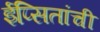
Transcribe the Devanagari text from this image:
ईप्सितांची